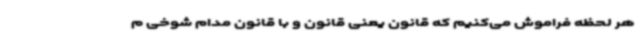
هر لحظه فراموش می‌کنیم که قانون یعنی قانون و با قانون مدام شوخی م